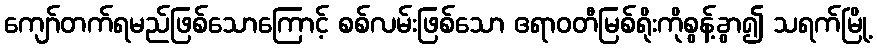
ကျော်တက်ရမည်ဖြစ်သောကြောင့် စစ်လမ်းဖြစ်သော ဧရာဝတီမြစ်ရိုးကိုစွန့်ခွာ၍ သရက်မြို့